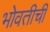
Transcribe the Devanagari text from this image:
भोवतीची